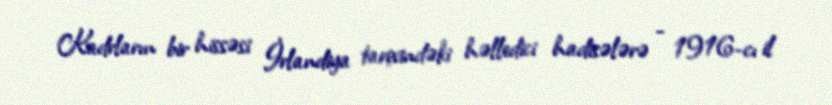
Kadrların bir hissəsi İrlandiya tarixindəki həlledici hadisələrə - 1916-cı il